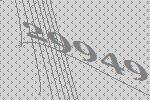
29949